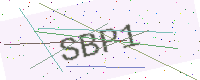
Text: SBP1